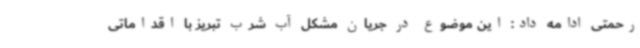
رحمتی ادامه داد: این موضوع در جریان مشکل آب شرب تبریز با اقداماتی